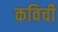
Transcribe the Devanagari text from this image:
कविची